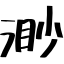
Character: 渺